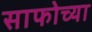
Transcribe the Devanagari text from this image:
साफोच्या